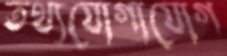
তথ্যযোগাযোগ